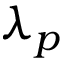
\lambda _ { p }